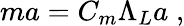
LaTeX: ma=C_{m}\Lambda_{L}a\; ,